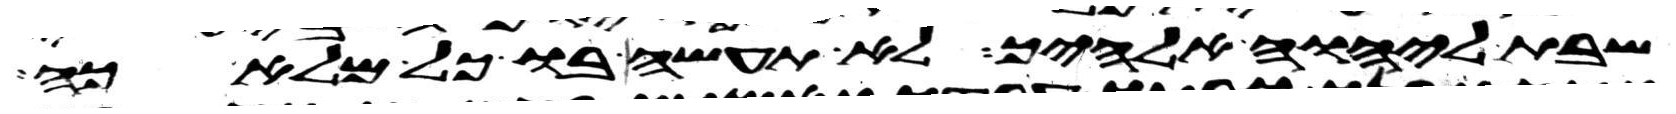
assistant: שבת ליהוה אלהיך לא תעשה בו כל מלאכה